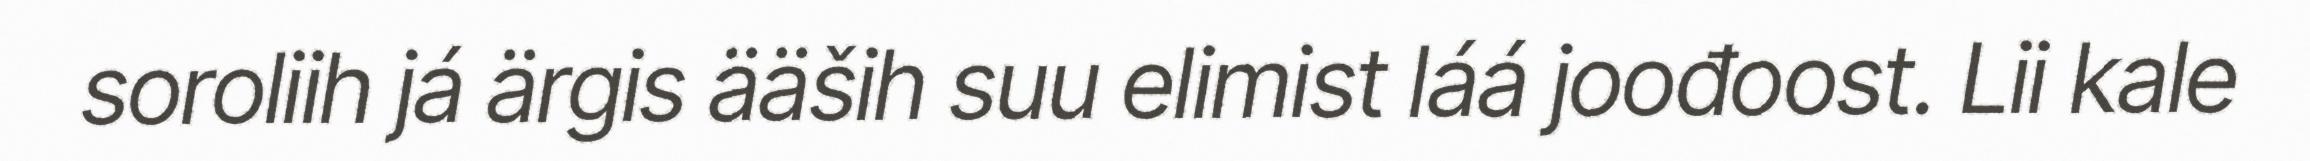
soroliih já ärgis ääših suu elimist láá joođoost. Lii kale